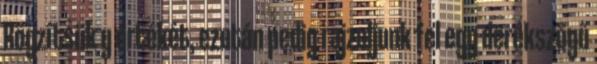
Rögzítsük y értékét, ezután pedig rajzoljunk fel egy derékszögű